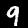
Label: 9